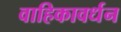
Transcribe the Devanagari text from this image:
वाहिकावर्धन